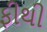
ફીથી